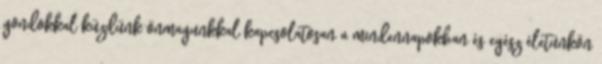
gondokkal küzdünk önmagunkkal kapcsolatosan a mindennapokban és egész életünkön